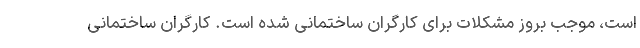
است، موجب بروز مشکلات برای کارگران ساختمانی شده است. کارگران ساختمانی